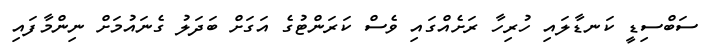
ސަބްސިޑީ ކަނޑާލައި ހުރިހާ ރަށެއްގައި ވެސް ކަރަންޓުގެ އަގަށް ބަދަލު ގެނައުމަށް ނިންމާފައި